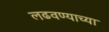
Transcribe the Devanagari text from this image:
लढवण्याच्या